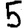
Digit: 5